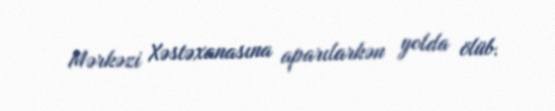
Mərkəzi Xəstəxanasına aparılarkən yolda ölüb.